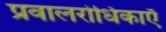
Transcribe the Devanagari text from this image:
प्रवालरोधिकाएँ